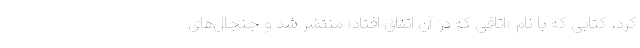
کرد، کتابی که با نام «اتاقی که در آن اتفاق افتاد» منتشر شد و جنجال‌های